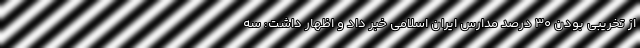
از تخریبی بودن ۳۰ درصد مدارس ایران اسلامی خبر داد و اظهار داشت: سه